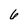
Character: 6